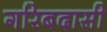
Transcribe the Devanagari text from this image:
गरिबदासी